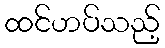
ထင်ဟပ်သည့်